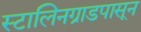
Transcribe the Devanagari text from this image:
स्टालिनग्राडपासून